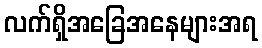
လက်ရှိအခြေအနေများအရ